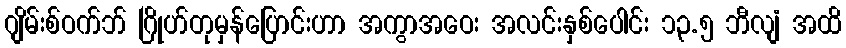
ဂျိမ်းစ်ဝက်ဘ် ဂြိုဟ်တုမှန်ပြောင်းဟာ အကွာအဝေး အလင်းနှစ်ပေါင်း ၁၃.၅ ဘီလျံ အထိ